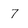
Character: 7